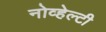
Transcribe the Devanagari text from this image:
नोव्हेल्टी